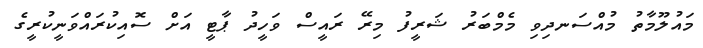
މައުލޫމާތު މުއްސަނދިވި މެމްބަރު ޝަރީފު މިރޭ ރައީސް ވަހީދު ޕާޓީ އަށް ސޮއިކުރައްވަނީކުރީގެ